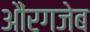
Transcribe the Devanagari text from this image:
औंरगजेब